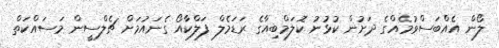
ލޯން އެއްބަސްވުމެއްގެ ދަށުން ކުޅުނު ކޮލަމްބިއާގެ ރަޑަމެލް ފަލްކާއޯ ގެނައުމަށް ޗެލްސީން މަސައްކަތް